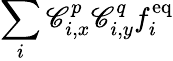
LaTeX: \sum_{i}\mathscr{C}_{i,x}^{p}\mathscr{C}_{i,y}^{q}f_{i}^{\mathrm{{eq}}}